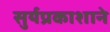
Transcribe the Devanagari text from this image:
सुर्यप्रकाशाने